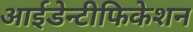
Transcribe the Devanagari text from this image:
आईडेन्टीफिकेशन